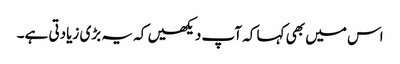
اس میں بھی کہا کہ آپ دیکھیں کہ یہ بڑی زیادتی ہے۔